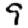
Digit: 9